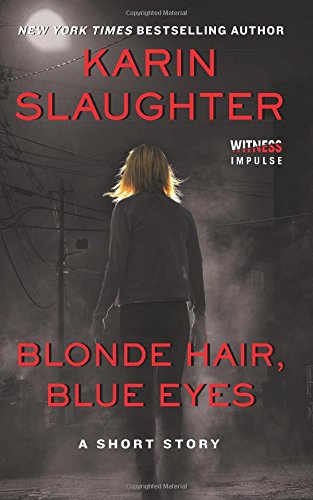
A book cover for Blonde Hair, Blue Eyes; Karin Slaughter; Literature & Fiction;